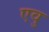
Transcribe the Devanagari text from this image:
एवु